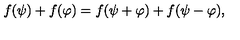
f ( \psi ) + f ( \varphi ) = f ( \psi + \varphi ) + f ( \psi - \varphi ) ,